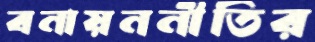
বনায়ননীতির